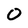
Character: O